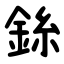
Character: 銯